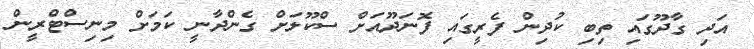
އަދި ގާދޫގައި ތިބި ކުދިން ފެރީގައި ފޮނަދޫއަށް ސްކޫލަށް ގެންދާނީ ކަމަށް މިނިސްޓްރީން